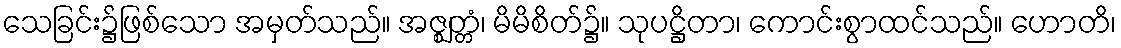
သေခြင်း၌ဖြစ်သော အမှတ်သည်။ အဇ္ဈတ္တံ၊ မိမိစိတ်၌။ သုပဋ္ဌိတာ၊ ကောင်းစွာထင်သည်။ ဟောတိ၊